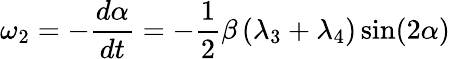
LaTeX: \omega_{2}=-\frac{d\alpha}{dt}=-\frac{1}{2}\beta\left(\lambda_{3}+\lambda_{4}\right)\sin({2\alpha})